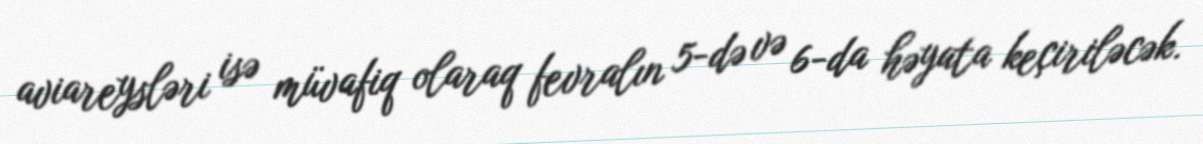
aviareysləri isə müvafiq olaraq fevralın 5-də və 6-da həyata keçiriləcək.